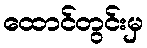
ထောင်တွင်းမှ